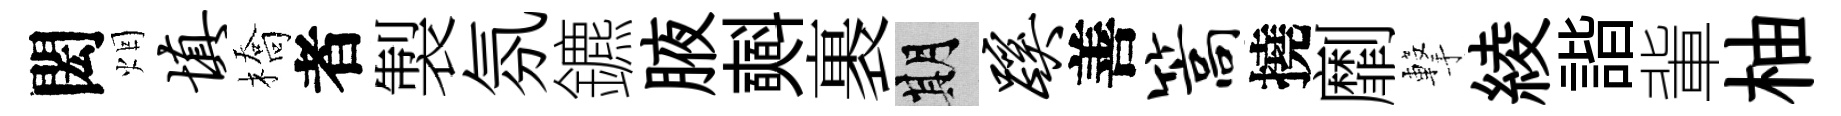
閎烟填橋者製氛鑣腋𣂏裹期蹊善篙撓劘撃綾諧軰柚